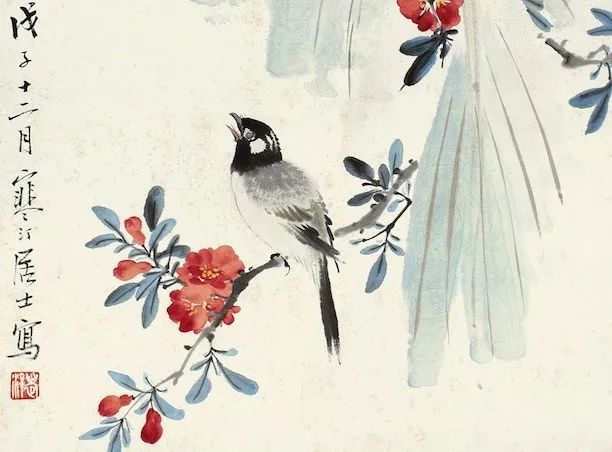
为当时曾写榴裙，伤心红绡褪萼。